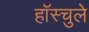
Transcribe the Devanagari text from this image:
हॉस्चुले